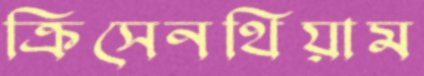
ক্রিসেনথিয়াম